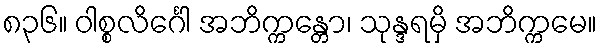
၈၃၆။ ဝါစ္စလိင်္ဂေါ အဘိက္ကန္တော၊ သုန္ဒရမှိ အဘိက္ကမေ။